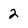
Character: 2